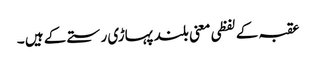
عقبہ کے لفظی معنی بلند پہاڑی رستے کے ہیں ۔